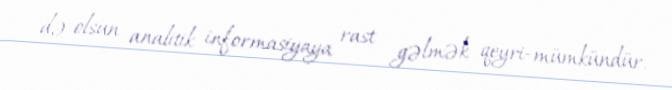
də olsun analitik informasiyaya rast gəlmək qeyri-mümkündür.